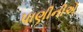
પાણીનીએ